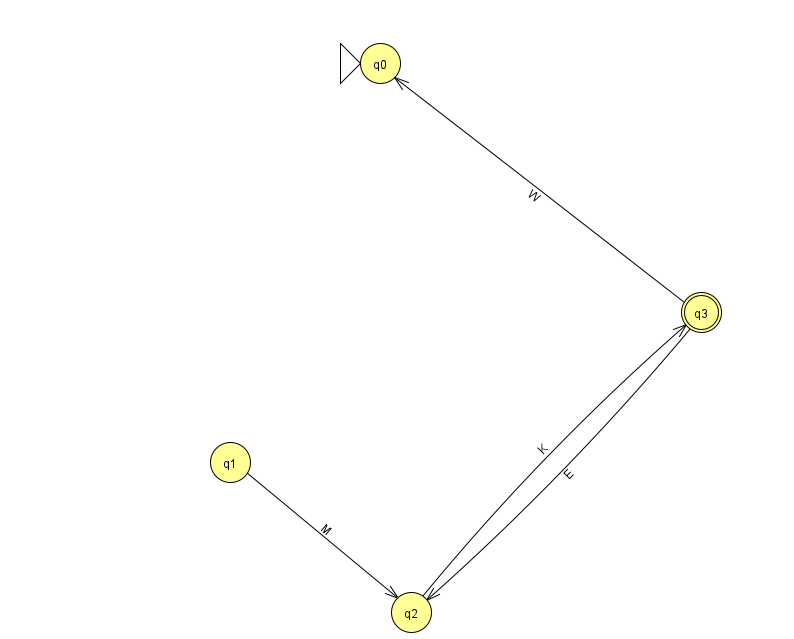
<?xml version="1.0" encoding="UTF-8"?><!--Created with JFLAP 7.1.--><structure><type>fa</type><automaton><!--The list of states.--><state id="0" name="q0"><x>380.0</x><y>50.0</y><initial/></state><state id="1" name="q1"><x>230.0</x><y>449.0</y></state><state id="2" name="q2"><x>411.0</x><y>599.0</y></state><state id="3" name="q3"><x>701.0</x><y>299.0</y><final/></state><!--The list of transitions.--><transition><from>3</from><to>2</to><read>E</read></transition><transition><from>1</from><to>2</to><read>M</read></transition><transition><from>3</from><to>0</to><read>W</read></transition><transition><from>2</from><to>3</to><read>K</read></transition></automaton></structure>